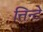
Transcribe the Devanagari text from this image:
त्तिन्टे